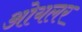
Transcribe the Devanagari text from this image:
ओयलर